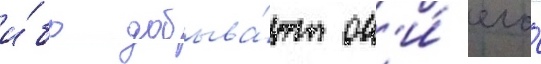
и́бо добыва́ют он'и́ его́